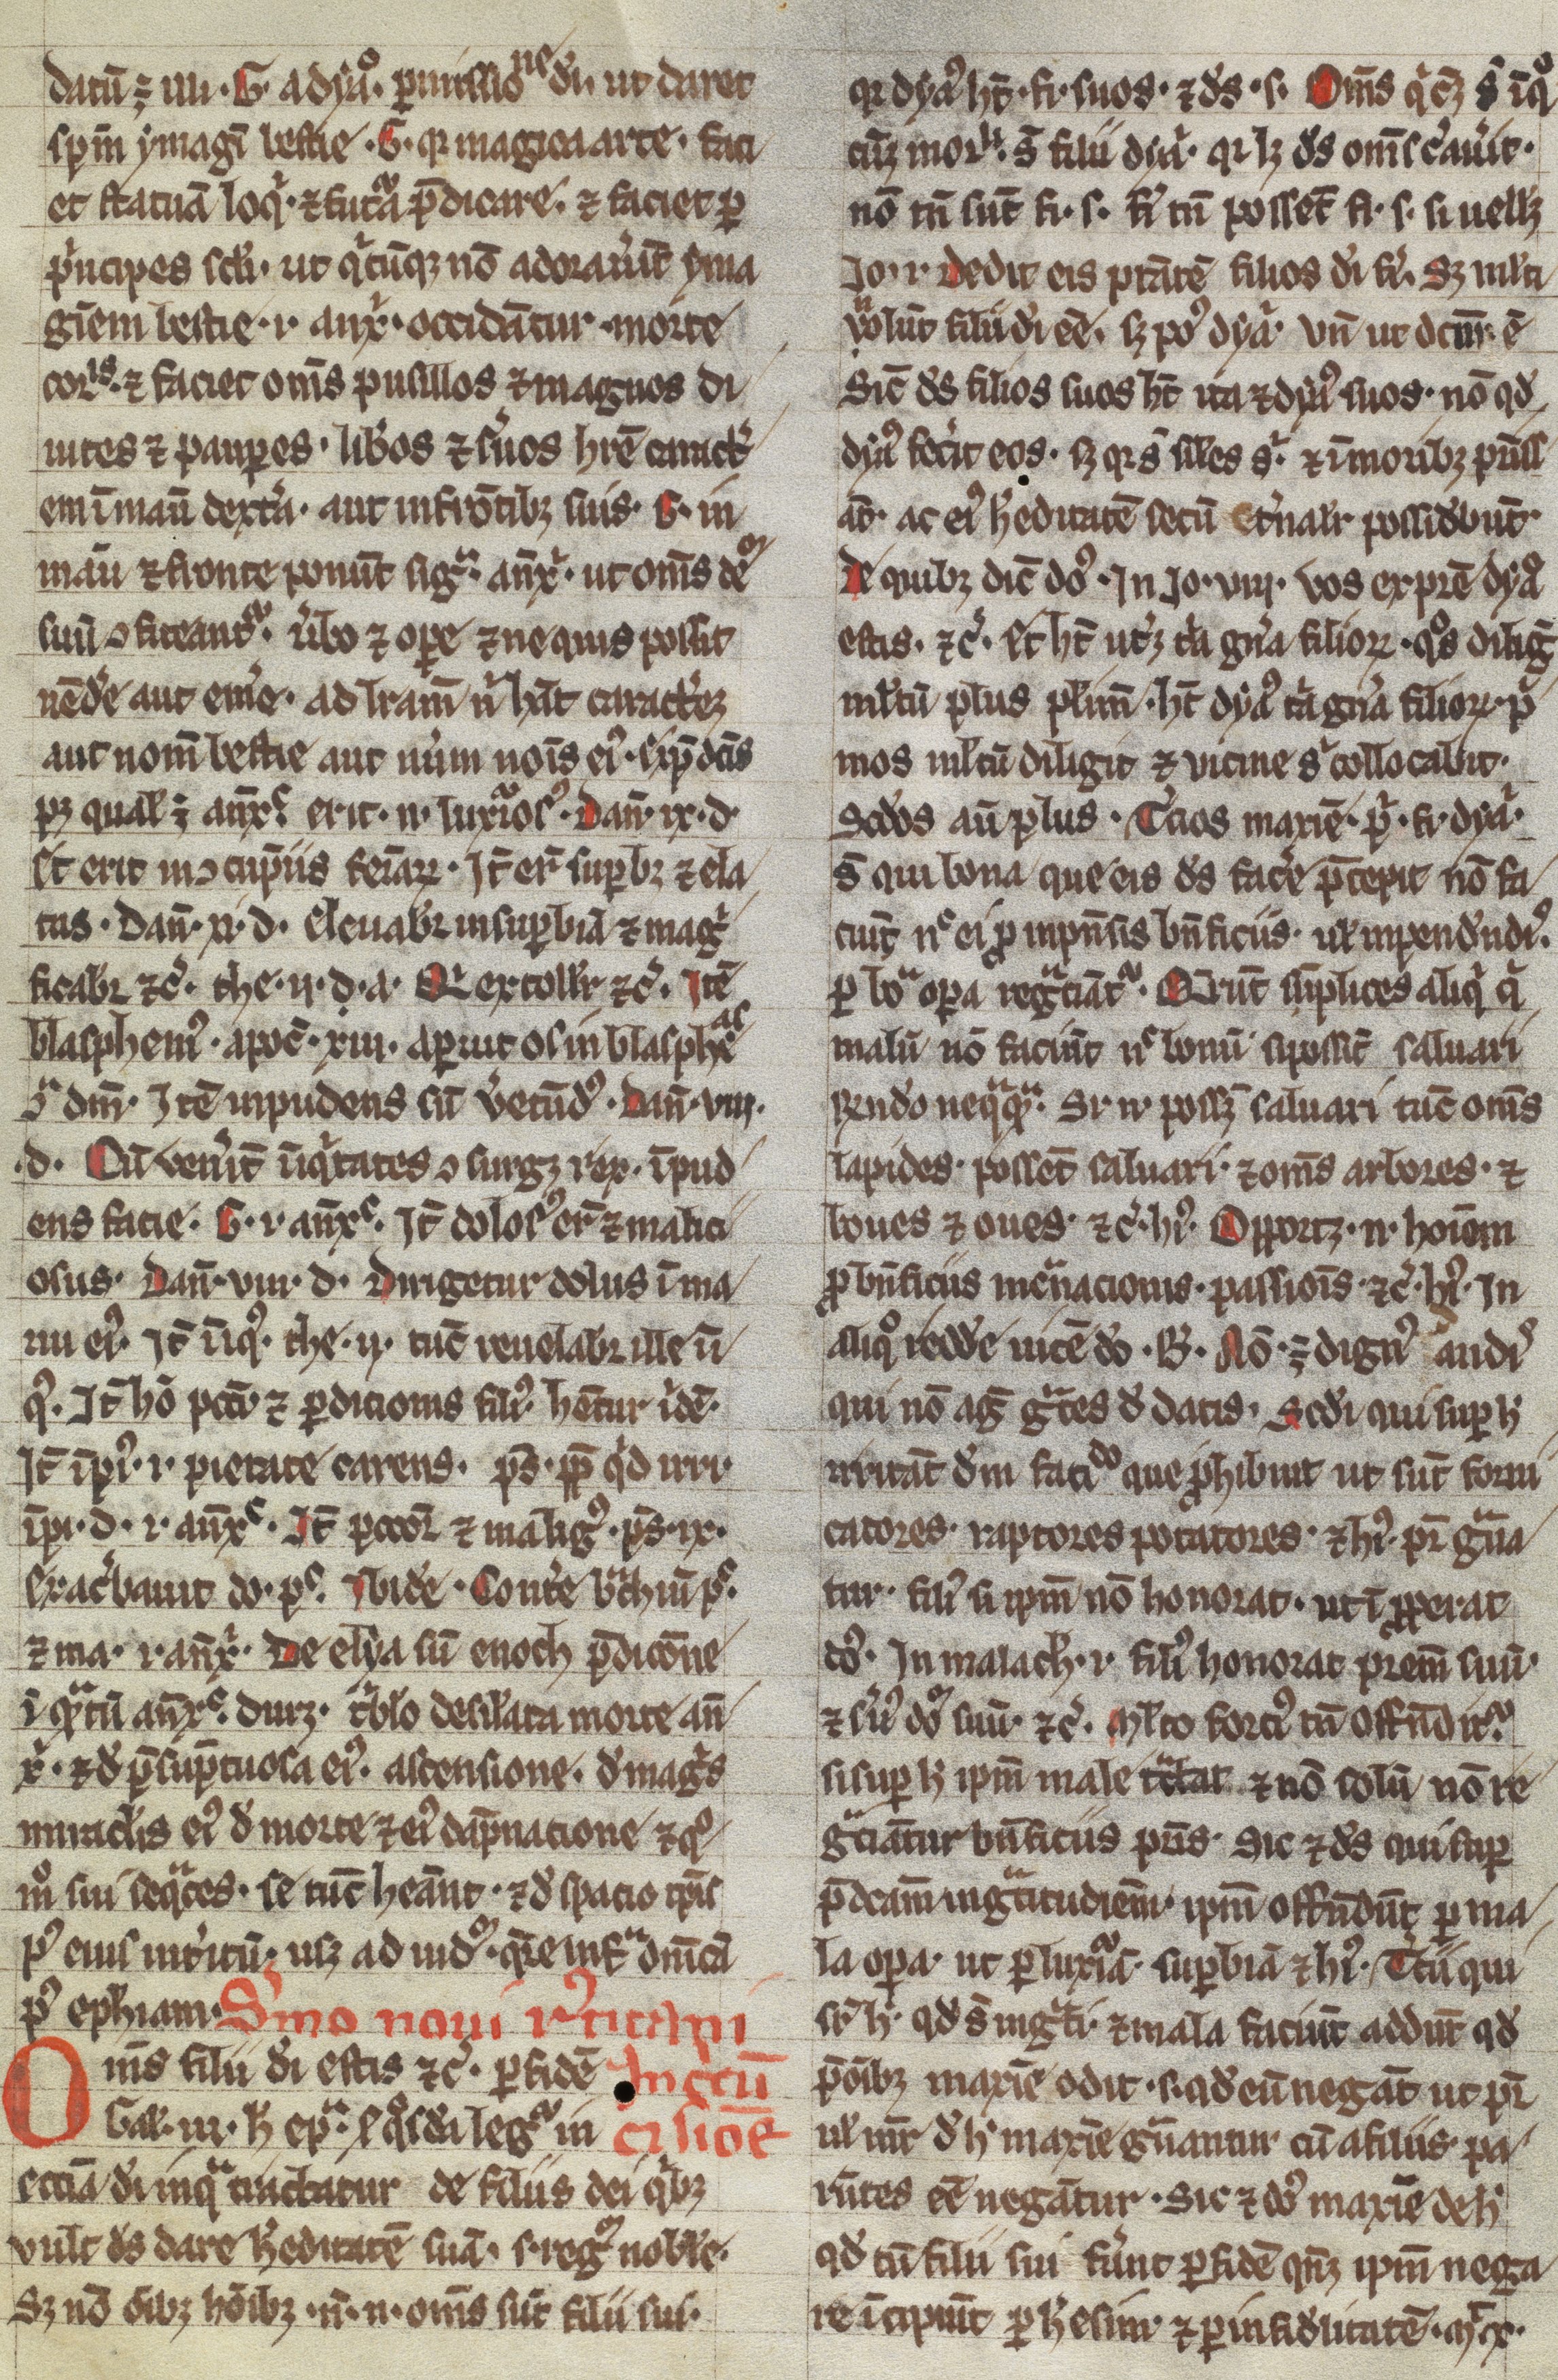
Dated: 1200–1399